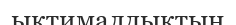
ықтималдықтың